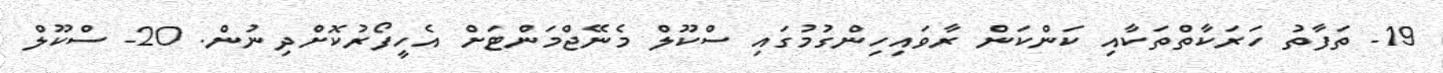
19- ތަފާތު ހަރަކާތްތަކާއި ކަންކަން ރާވައިހިންގުމުގައި ސްކޫލް މެނޭޖްމަންޓަށް އެހީފޯރުކޮށްދިނުން. 20- ސްކޫލް